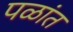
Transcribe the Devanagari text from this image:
पळांत